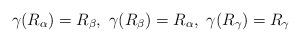
LaTeX: \begin{align*} \gamma (R_{\alpha})=R_{\beta},\ \gamma (R_{\beta})=R_{\alpha},\ \gamma (R_{\gamma})=R_{\gamma} \end{align*}